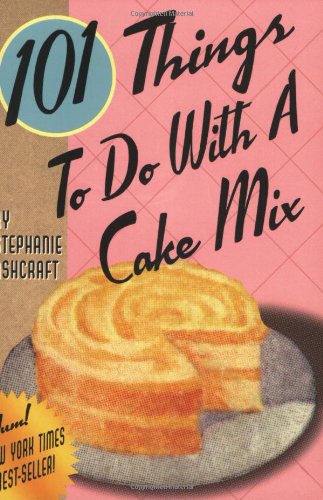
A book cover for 101 Things to Do with a Cake Mix; Stephanie Dircks Ashcraft; Cookbooks, Food & Wine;